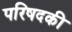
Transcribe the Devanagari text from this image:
परिषदकी